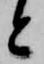
と